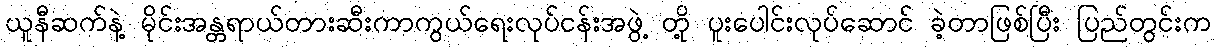
ယူနီဆက်နဲ့ မိုင်းအန္တရာယ်တားဆီးကာကွယ်ရေးလုပ်ငန်းအဖွဲ့ တို့ ပူးပေါင်းလုပ်ဆောင် ခဲ့တာဖြစ်ပြီး ပြည်တွင်းက